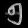
Digit: ၅